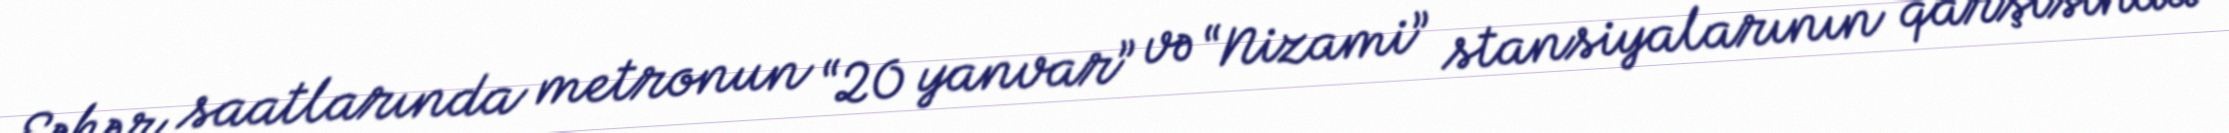
Səhər saatlarında metronun “20 yanvar” və “Nizami” stansiyalarının qarşısında